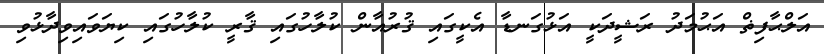
އަލްޙާފިޡް އަޙުމަދު ރަޝީދަކީ އަޅުގަނޑާ އެކީގައި ޤުރުއާން ކުލާހުގައި ޤާރީ ކުލާހުގައި ކިޔަވައިވިދާޅުވި